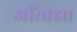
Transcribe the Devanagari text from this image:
अरिब्रह्म।